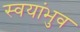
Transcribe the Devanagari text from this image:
स्वयांभुव